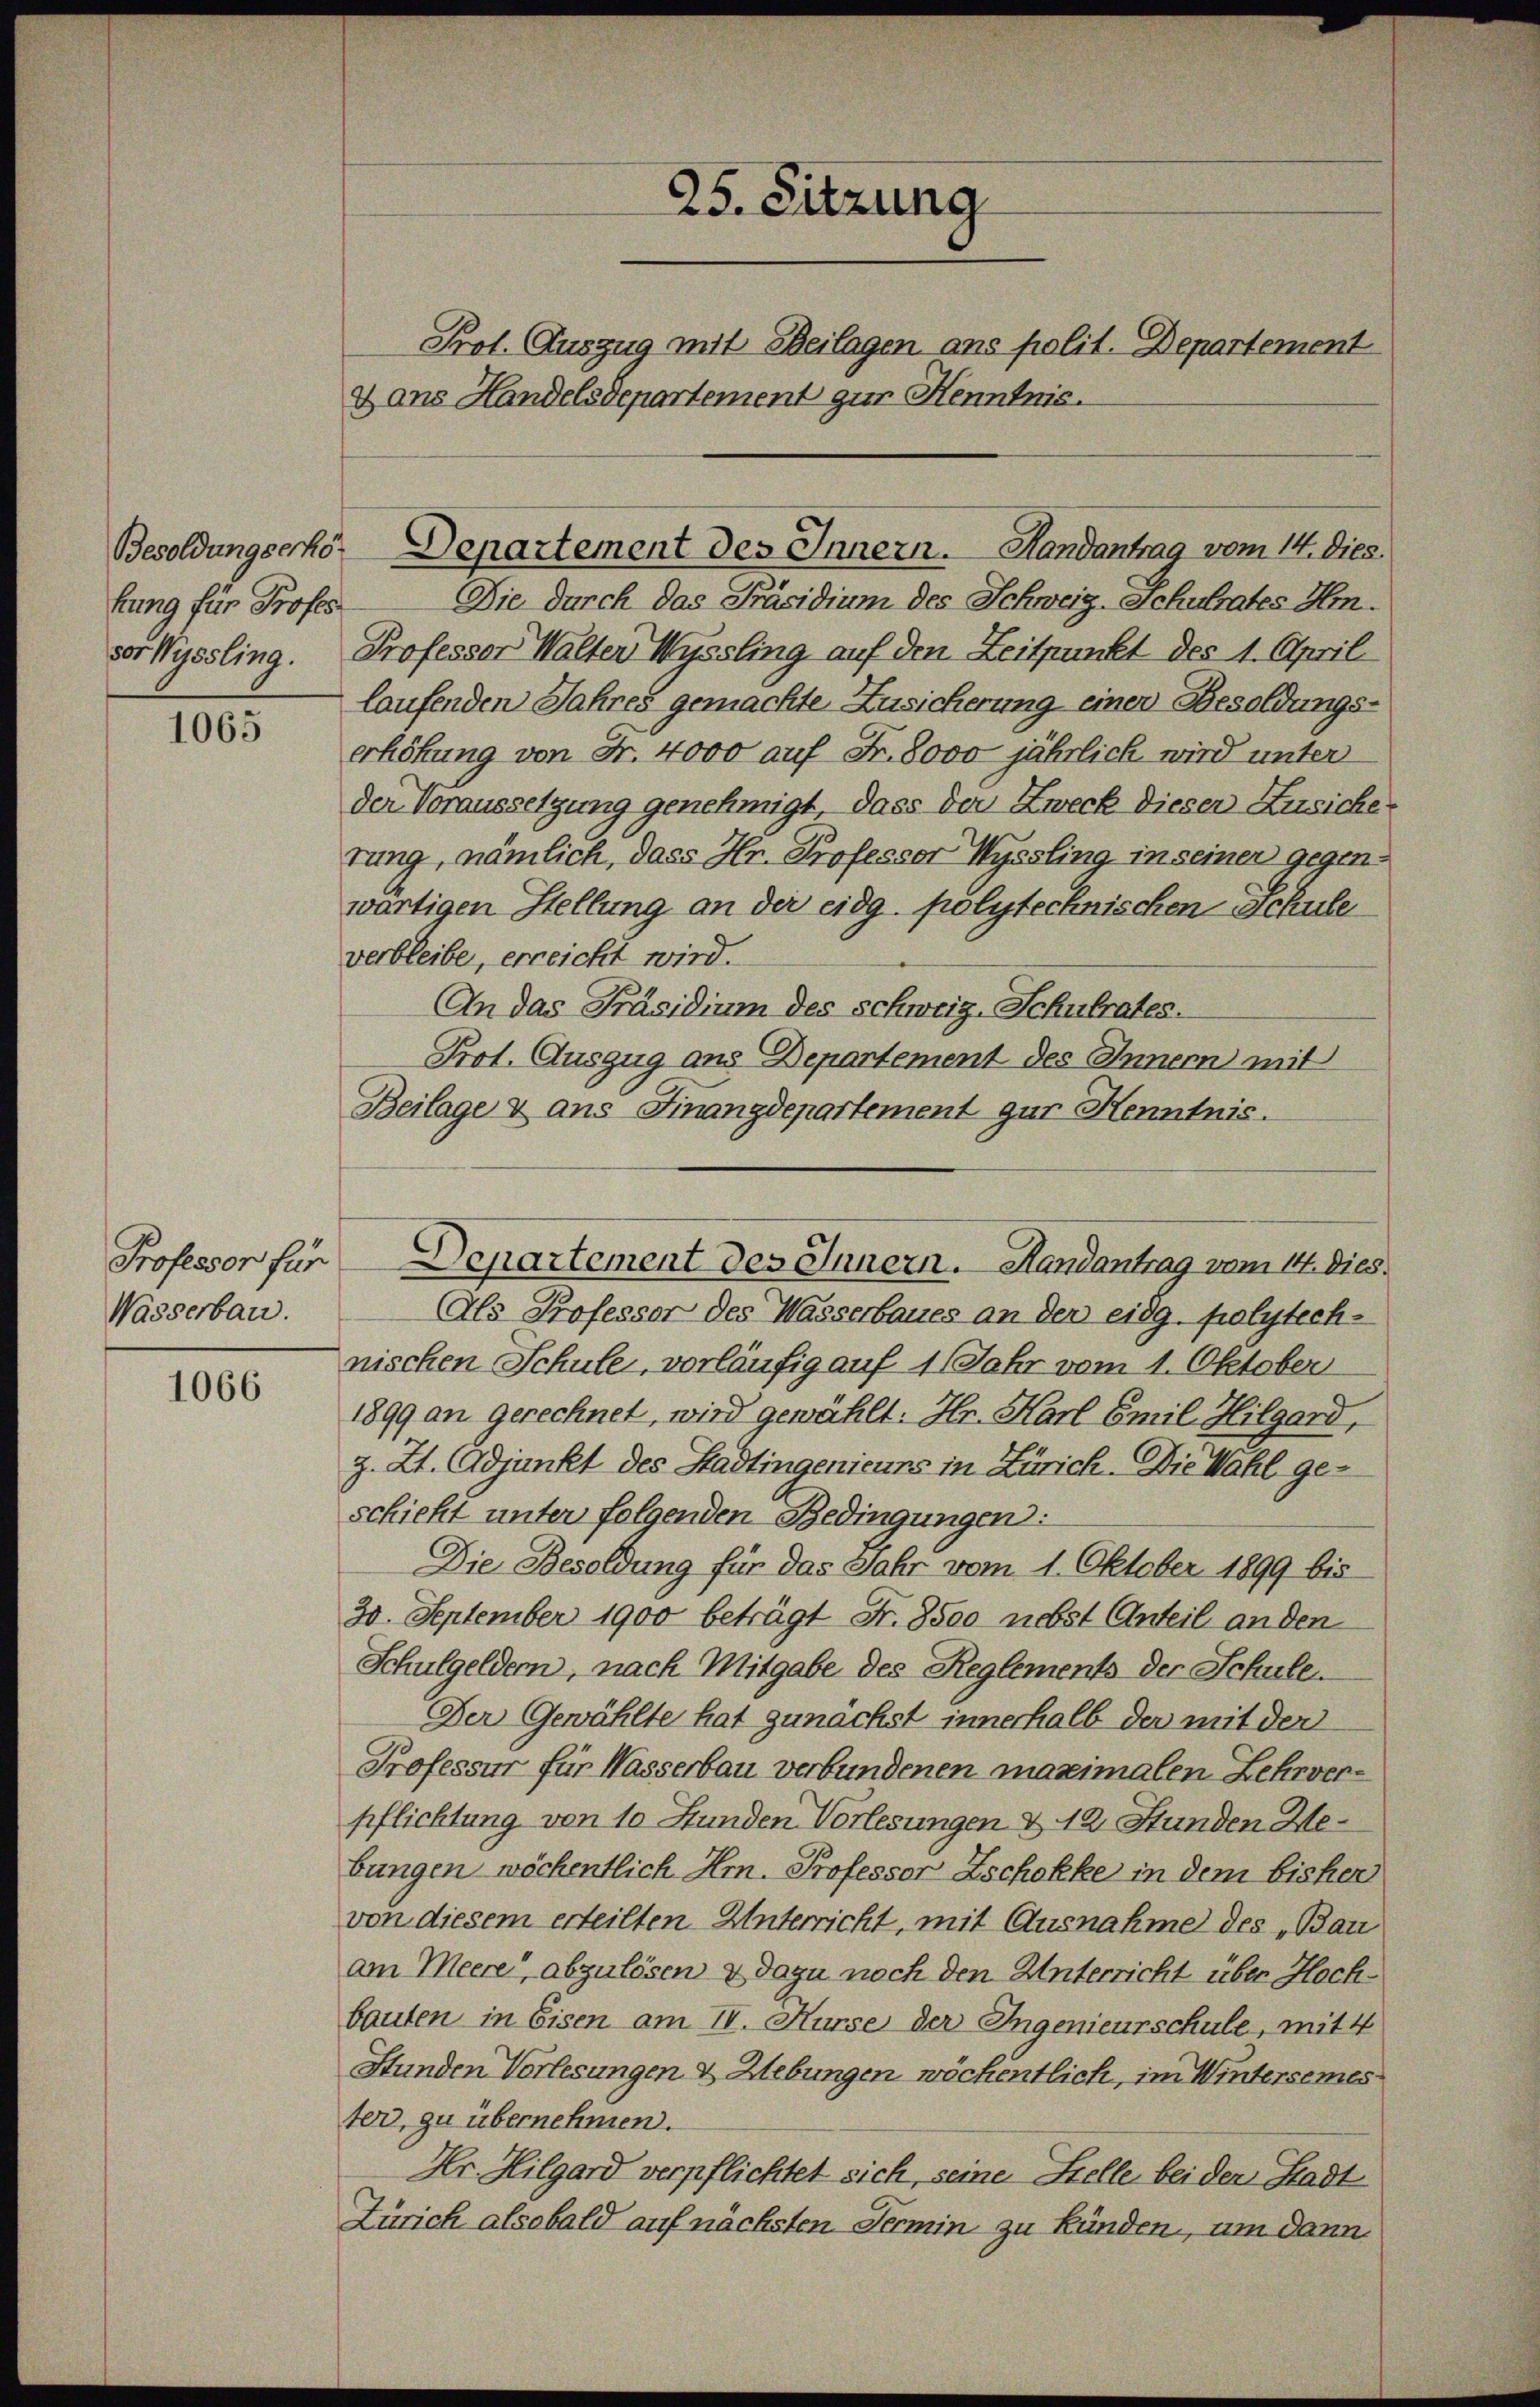
bung für Profes

1065

Wasserbau.

1066

25. Sitzung
Prot. Auszug mit Beilagen ans polit. Departement
dans Handelsdepartement zur Kenntnis.

Die durch das Präsidium des Schweig-Schulrates Hrn.
sor Wyssling. Professor Walter Wyssling auf den Zeitpunkt des 1. April
laufenden Jahres gemachte Zusicherung einer Besoldungserhöhung von Fr. 4000 auf Fr. 8000 jährlich wird unter
der Voraussetzung genehmigt, dass der Zweck dieser Zusiche
rung, nämlich, dass Hr. Professor Wyssling in seiner gegenwärtigen Stellung an der eidg. polytechnischen Schule
verbleibe, erreicht wird.
An das Präsidium des schweig-Schulrates.
Prot. Auszug aus Departement des Innern mit
Beilage & ans Finanzdepartement gur Kenntnis.

Besoldungserhör Departement des Innern. Handantrag vom 14. Dies

Als Professor des Wasserbaues an der eidg. polytech-
nischen Schule, vorläufig auf 1 Jahr vom 1. Oktober
1899 an gerechnet, wird gewählt: Hr. Karl Emil Hilgard,
z. Zt. Adjunkt des Stadtingenieurs in Zürich. Die Wahl geschieht unter folgenden Bedingungen:
Die Besoldung für das Jahr vom 1. Oktober 1899 bis
30. September 1900 beträgt Fr. 8500 nebst Anteil an den
Schulgeldern, nach Mitgabe des Reglements der Schule.
Der Gewählte hat zunächst innerhalb der mit der
Professur für Wasserbau verbundenen maximalen Lehrverpflichtung von 10 Stunden Vorlesungen & 12 Stunden Hebungen wöchentlich Hr. Professor Zschokke in dem bisher
von diesem erteilten Unterricht, mit Ausnahme des „Bau
am Meere, abzulösen & dazu noch den Unterricht über Hochbauten in Eisen am IV. Kurse der Ingenieurschule, mit 4
Stunden Vorlesungen & Hebungen wöchentlich, im Wintersemes
ter, zu übernehmen.
Hr. Hilgard verpflichtet sich, seine Stelle bei der Stadt
Zürich alsobald auf nächsten Termin zu künden, um dann

Professor für Departement des Innern. Handantrag vom 14. Dies